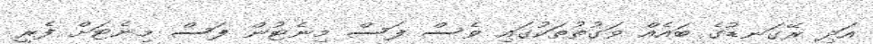
އަދި ރޭގަނޑުގެ ބައެއް ވަގުތުތަކުގައި ވެސް ފަސް މިނެޓުން ފަސް މިނެޓަށް ފެރީ